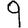
Digit: 9